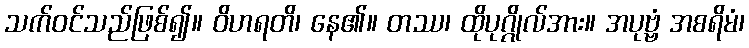
သက်ဝင်သည်ဖြစ်၍။ ဝိဟရတိ၊ နေ၏။ တဿ၊ ထိုပုဂ္ဂိုလ်အား။ အပုဗ္ဗံ အစရိမံ၊